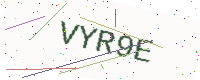
Text: VYR9E